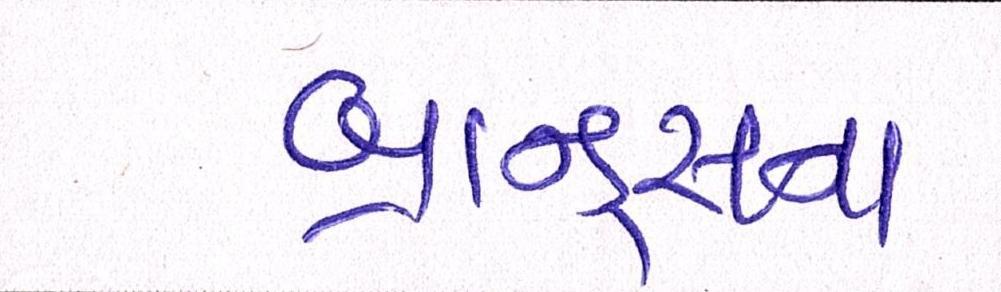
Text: બ્રાન્ડ્સના